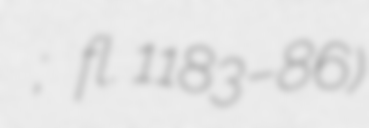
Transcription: Ἰωάννης Καντακουζηνός; fl. 1183–86)